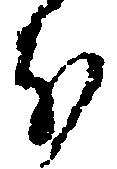
分